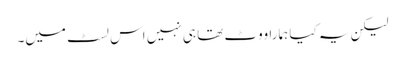
لیکن یہ کیا ہمارا ووٹ تھا ہی نہیں اس لسٹ میں۔